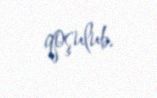
qoşulub.